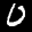
Label: 0